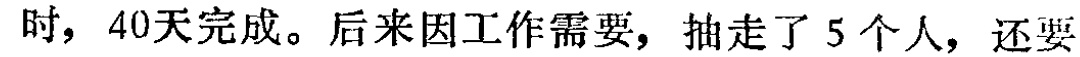
时，40天完成。后来因工作需要，抽走了5个人，还要